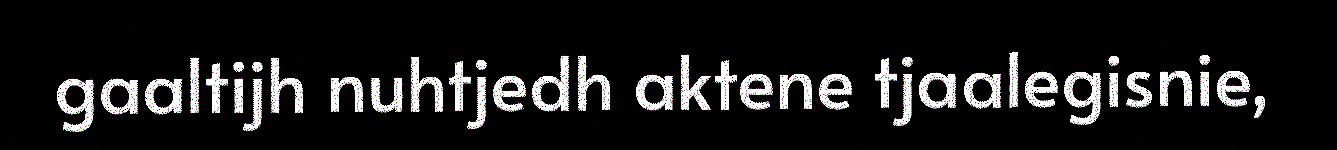
gaaltijh nuhtjedh aktene tjaalegisnie,